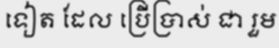
ទៀត ដែល ប្រើប្រាស់ ជា រួម